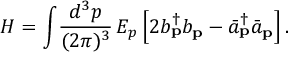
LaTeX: H = \int \! \frac { d ^ { 3 } p } { ( 2 \pi ) ^ { 3 } } \, E _ { p } \left[ 2 b _ { \bf p } ^ { \dag } b _ { \bf p } - { \bar { a } } _ { \bf p } ^ { \dag } { \bar { a } } _ { \bf p } \right] .